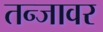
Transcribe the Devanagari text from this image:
तन्जावर